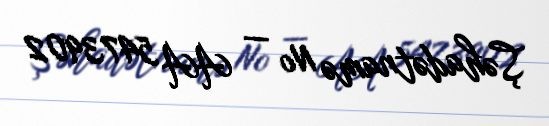
Şəhadətnamə № — AA 5473902